Newspaper: Idaho semi-weekly world. [volume]
Place of publication: Idaho City, Idaho Territory
Publisher: Idaho World Print. Co.
Date: 1885-08-07 00:00:00
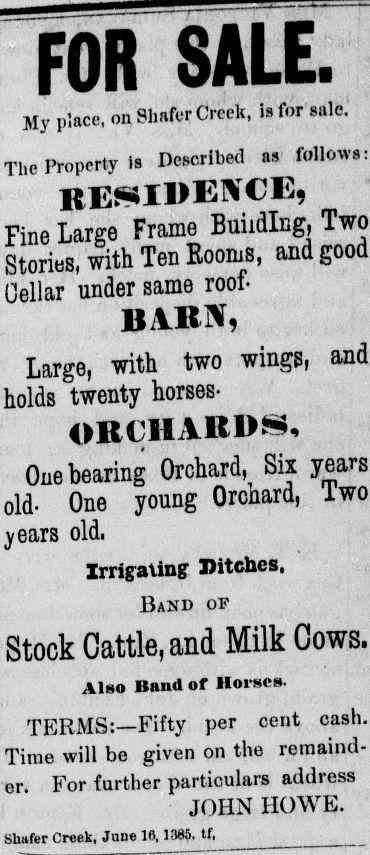
Advertisement text (OCR):
FOR SÄLE. My place, on Shafer Creek, is for sale. The Property is Described as follows: residence, Fine Large Frame Building, Two StoriöS, with Ten Rooms, and good Cellar under same roof BlM, Large, with two wings, and holds twenty horses ORCHARDS One bearing Orchard, Six years old- One young Orcnard, lwo years old. Irrigating Ditches, Band of Stock Cattle, and Milk Cows. Also Band of Horses TERMS:— Fifty per cent cash. Time will be given on the remaind er. For further particulars address JOHN HOWE. Shafer Creek, June 16,1385. tf,
Label: text-only